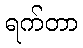
ရက်တာ